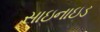
સાઇનાઇડ